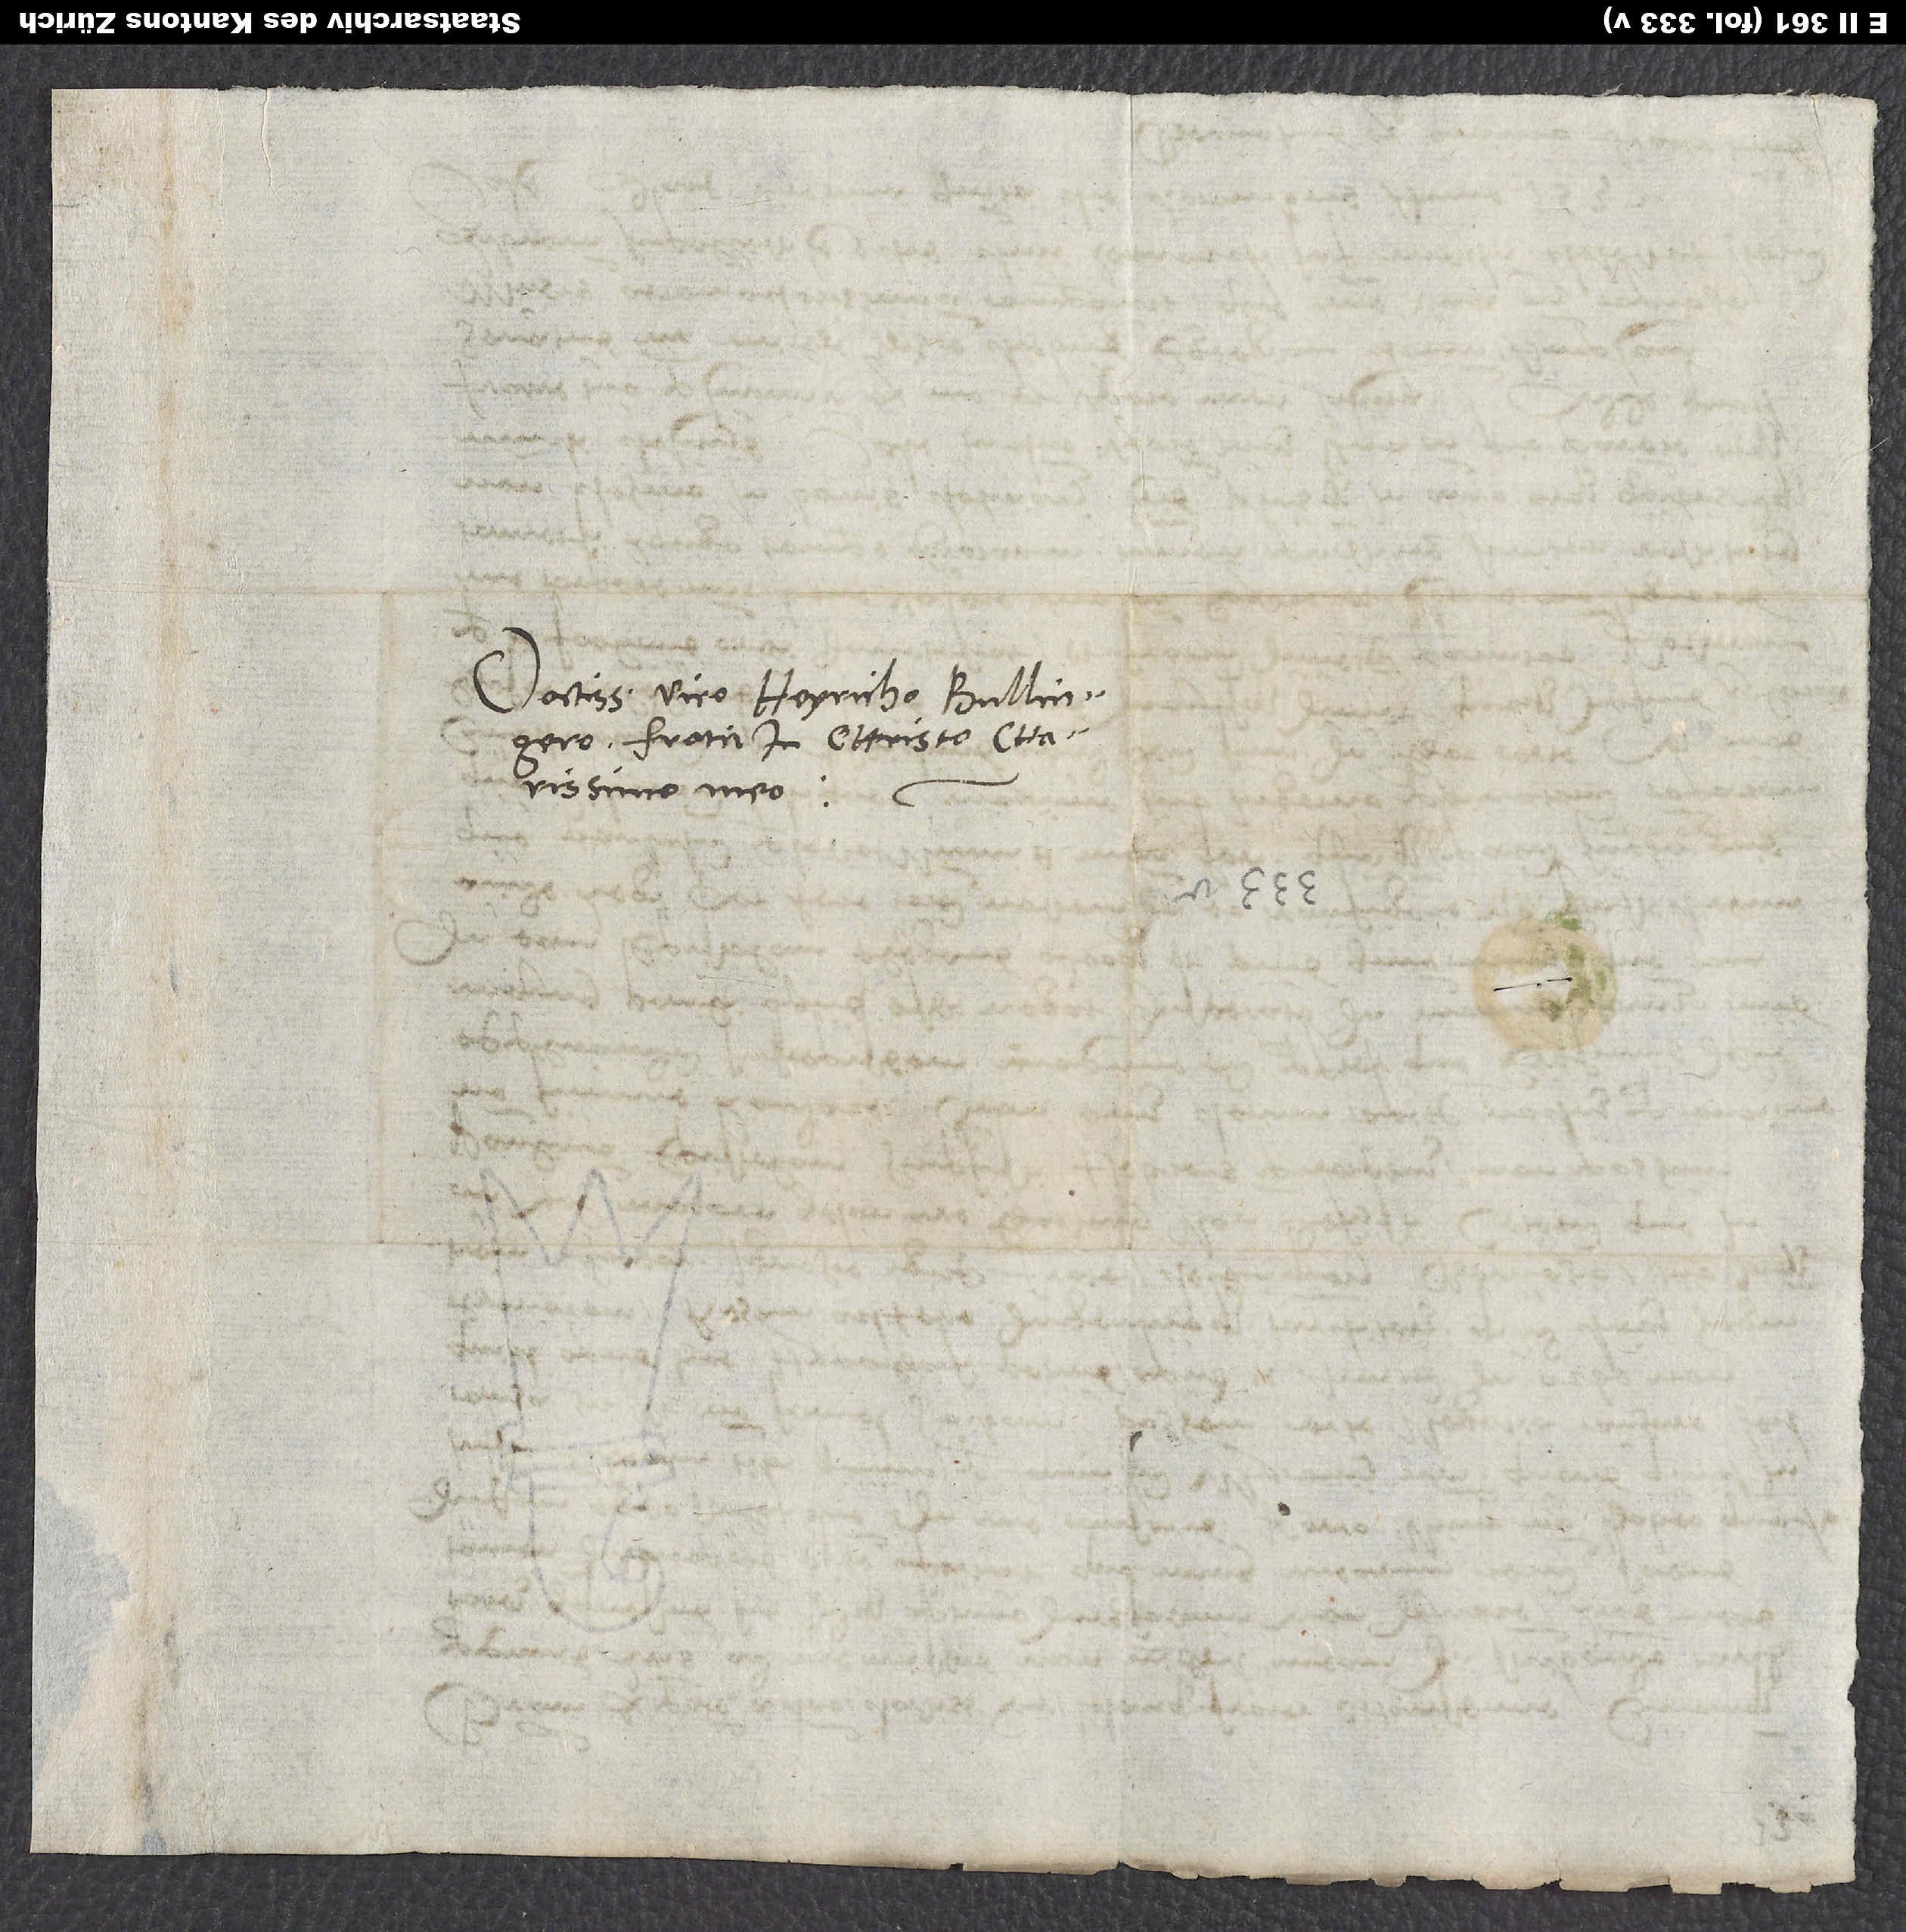
Doctissimo viro Heyricho Bullingero,
fratri in Christo charissimo